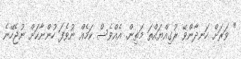
" ވަރަށް ހަނދާންވޭ ރުގިއްޔައްތަ މަތިން. އެއްވެސް ކަމެއް ނުވެފަ ހުންނާކަށް ނުޖެހޭނެ